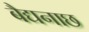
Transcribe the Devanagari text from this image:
बैद्यनाछ